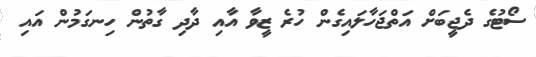
ސޯޓުގެ ދެޖީބަށް އަތްޖަހާލައިގެން ހުރެ ޒީވާ އާއި ދާދި ގާތުން ހިނގަމުން އައި